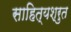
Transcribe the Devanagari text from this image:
साहित्यश्रुत